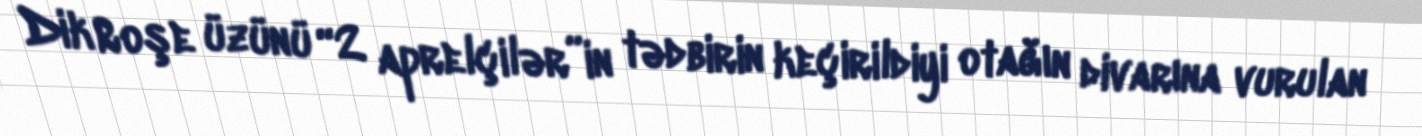
Dik Roşe üzünü “2 aprelçilər”in tədbirin keçirildiyi otağın divarına vurulan